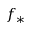
f _ { \ast }